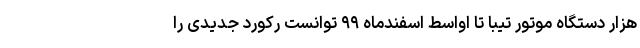
هزار دستگاه موتور تیبا تا اواسط اسفندماه ۹۹ توانست رکورد جدیدی را